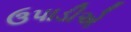
ઉપાડીએ